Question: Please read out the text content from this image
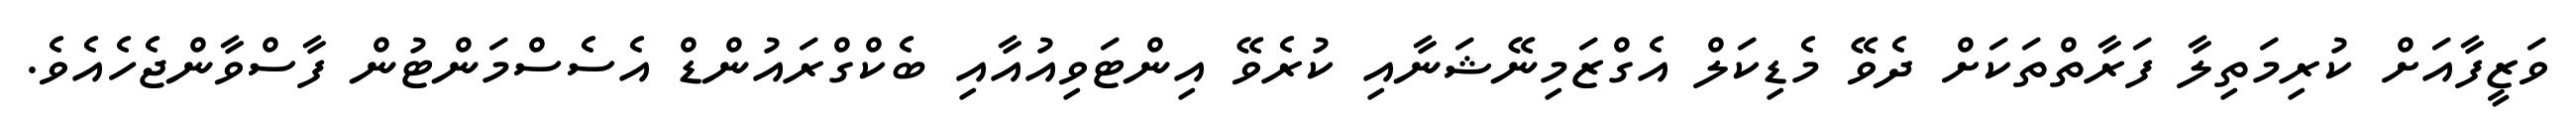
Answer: ވަޒީފާއަށް ކުރިމަތިލާ ފަރާތްތަކަށް ދެވޭ މެޑިކަލް އެގްޒަމިނޭޝަނާއި ކުރެވޭ އިންޓަވިއުއާއި ބެކްގްރައުންޑް އެސެސްމަންޓުން ފާސްވާންޖެހެއެވެ.